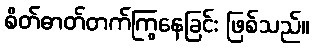
စိတ်ဓာတ်တက်ကြွနေခြင်း ဖြစ်သည်။